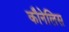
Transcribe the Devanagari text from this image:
कौनेलिस